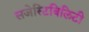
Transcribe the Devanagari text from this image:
सजेस्टिबिलिटी